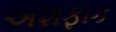
અશફાક